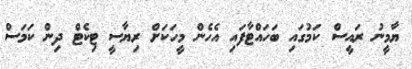
ޔާމީނު ރައީސް ކަމުގައި ބަހައްޓާފައި އެހެން މީހަކަށް ރިޔާސީ ޓިކެޓް ދިން ކަމަަސް